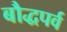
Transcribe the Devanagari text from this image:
बौद्धपर्व